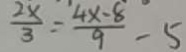
\frac { 2 x } { 3 } = \frac { 4 x - 8 } { 9 } - 5